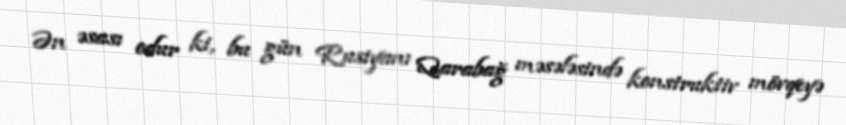
Ən əsası odur ki, bu gün Rusiyanı Qarabağ məsələsində konstruktiv mövqeyə